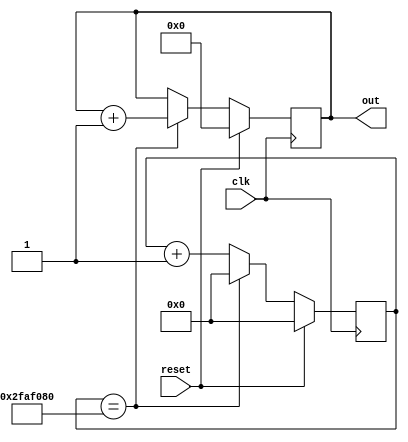
`timescale 1ns / 1ps
//////////////////////////////////////////////////////////////////////////////////
// Company: 
// Engineer: 
// 
// Design Name: 
// Module Name:    counter_design 
// Project Name: 
// Target Devices: 
// Tool versions: 
// Description: 
//
// Dependencies: 
//
// Revision: 
// Revision 0.01 - File Created
// Additional Comments: 
//
//////////////////////////////////////////////////////////////////////////////////
module counter_design(clk,out,reset);

parameter W=50000000;

input clk,reset;
output reg [3:0] out;
reg [31:0] int_count;


always@(posedge clk)
begin
if(reset)
out<=0;
else if(int_count==W)
out<=out+1;
else
out<=out;
end

always@(posedge clk)
begin
if(reset)
int_count<=0;
else if(int_count==W)
int_count<=0;
else
int_count<=int_count+1;
end

endmodule